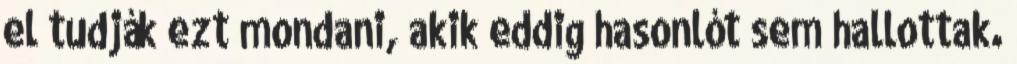
el tudják ezt mondani, akik eddig hasonlót sem hallottak.